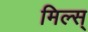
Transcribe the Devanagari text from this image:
मिल्स्